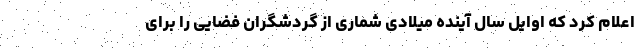
اعلام کرد که اوایل سال آینده میلادی شماری از گردشگران فضایی را برای